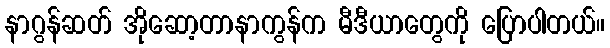
နာဂွန်ဆတ် အိုဆော့တာနာကွန်က မီဒီယာတွေကို ပြောပါတယ်။